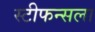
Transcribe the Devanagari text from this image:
स्टीफन्सला